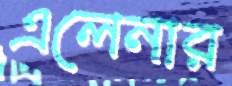
এলেনার